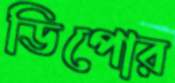
ডিপোর